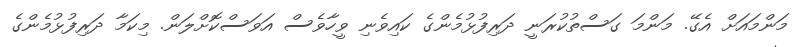
މަންމައަށް އެގޭ. މަންމަ ގަސްތުކުރަނީ ދަރިފުޅުމެންގެ ކައިވެނި ވީހާވެސް އަވަސްކޮށްލަން. މިކަމާ ދަރިފުޅުމެންގެ